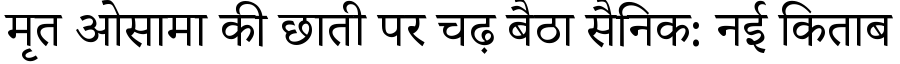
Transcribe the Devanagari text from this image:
मृत ओसामा की छाती पर चढ़ बैठा सैनिक: नई किताब